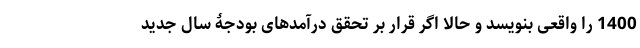
1400 را واقعی بنویسد و حالا اگر قرار بر تحقق درآمدهای بودجۀ سال جدید